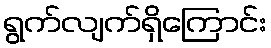
ရွက်လျက်ရှိကြောင်း